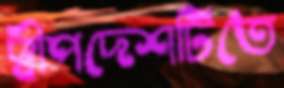
দ্বীপদেশটিতে